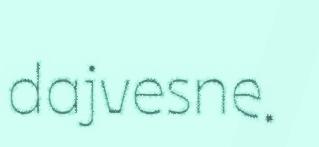
dajvesne.